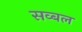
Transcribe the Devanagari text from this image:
सव्बल